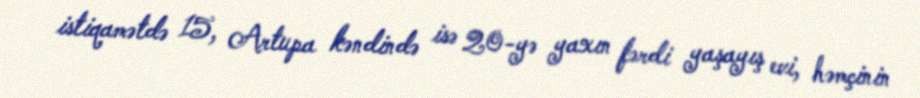
istiqamətdə 15, Artupa kəndində isə 20-yə yaxın fərdi yaşayış evi, həmçinin